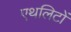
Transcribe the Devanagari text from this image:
एथलिटों